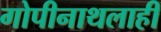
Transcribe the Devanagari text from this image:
गोपीनाथलाही